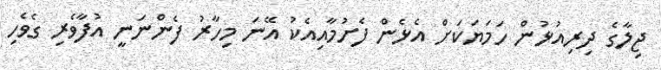
ޖިލާގެ ދިރިއުޅުން ހަމަޔަކަށް އެޅެން ފެށުމާއިއެކު އޭނަ މިހާރު ފެންނަނީ އުފާވެރި ގެވެހި